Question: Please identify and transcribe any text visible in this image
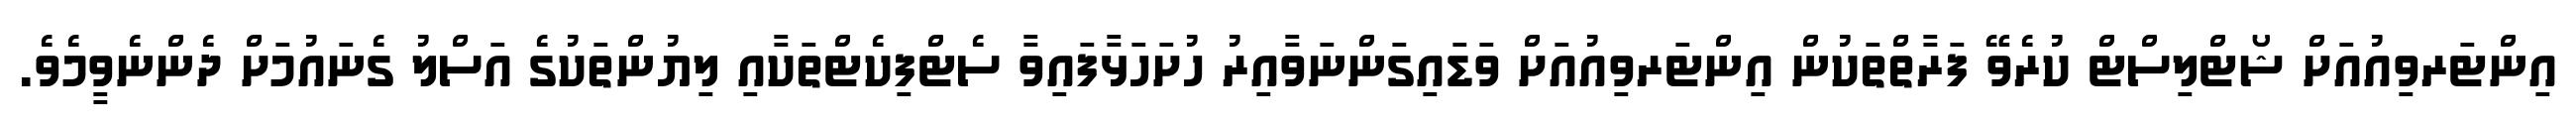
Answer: އިންޓަރވިއުއަށް ޝޯޓްލިސްޓް ކުރެވޭ ފަރާތްތަކުން އިންޓަރވިއުއަށް ވަޑައިގަންނަވާއިރު ހުށަހަޅާފައިވާ ސެޓްފިކެޓްތަކާއި ލިޔުންތަކުގެ އަސްލު ގެނައުމަށް ދެންނެވީމެވެ.